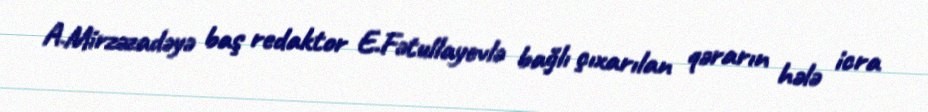
A.Mirzəzadəyə baş redaktor E.Fətullayevlə bağlı çıxarılan qərarın hələ icra